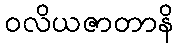
ဝလိယဇာတာနိ